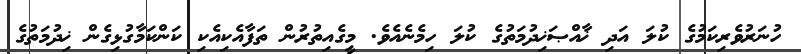
ހުނަރުވެރިކަމުގެ ކުލަ އަދި ޚާއްޞަޚިދުމަތުގެ ކުލަ ހިމެނެއެވެ. މީގެއިތުރުން ތަފާއެކިއެކި ކަންކަމާގުޅިގެން ޚިދުމަތުގެ